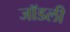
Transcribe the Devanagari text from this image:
जॉडली